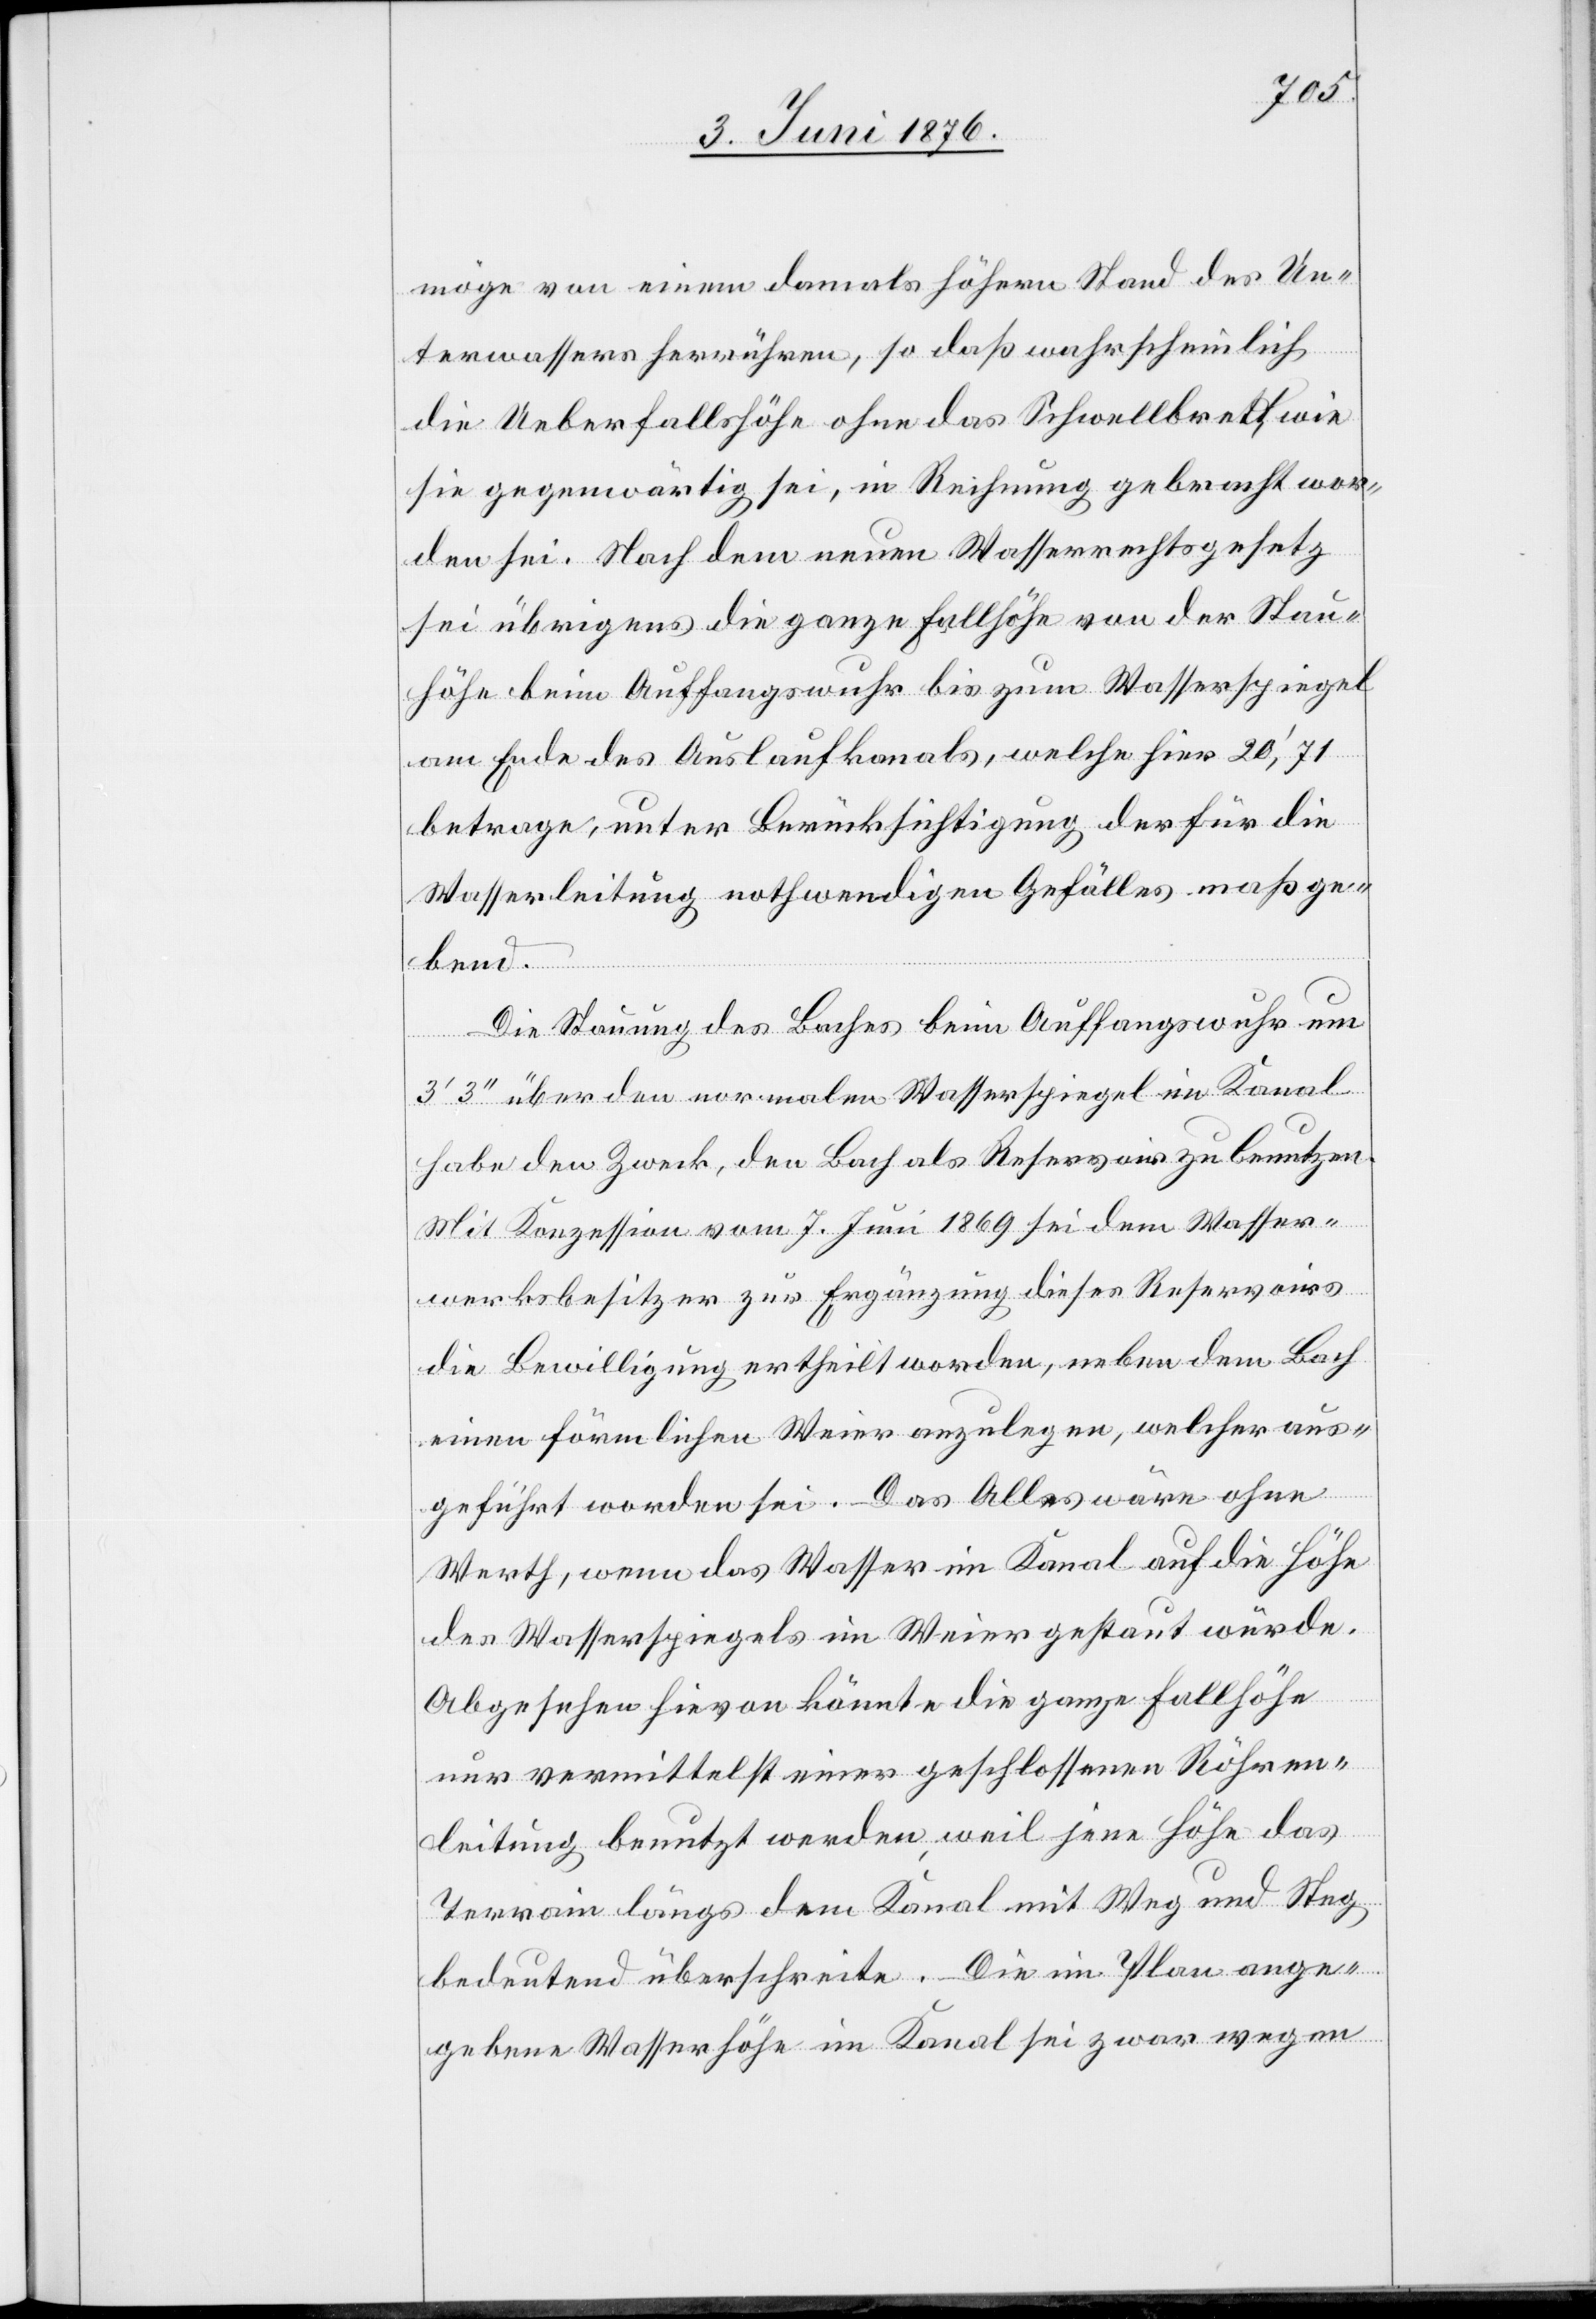
möge von einem damals höhern Stand des Un¬
terwassers herrühren, so daß wahrscheinlich
die Ueberfallshöhe ohne das Schwellbrett, wie
sie gegenwärtig sei, in Rechnung gebracht wor¬
den sei. Nach dem neuen Wasserrechtsgesetz
sei übrigens die ganze Fallhöhe von der Stau¬
höhe beim Auffangswuhr bis zum Wasserspiegel
am Ende des Auslaufkanals, welche hier 20‘,71
betrage, unter Berücksichtigung des für die
Wasserleitung nothwendigen Gefälles maßge¬
bend.
Die Stauung des Baches beim Auffangswuhr um
3‘ 3‘‘ über den normalen Wasserspiegel im Kanal
habe den Zweck, den Bach als Reservoir zu benutzen.
Mit Konzession vom 7. Juni 1869 sei dem Wasser¬
werksbesitzer zur Ergänzung dieses Reservoirs
die Bewilligung ertheilt worden, neben dem Bach
einen förmlichen Weier anzulegen, welcher aus¬
geführt worden sei. Das Alles wäre ohne
Werth, wenn das Wasser im Kanal auf die Höhe
des Wasserspiegels im Weier gestaut würde.
Abgesehen hievon könnte die ganze Fallhöhe
nur vermittelst einer geschlossenen Röhren¬
leitung benutzt werden, weil jene Höhe das
Terrain längs dem Kanal mit Weg und Steg
bedeutend überschreite. Die im Plan ange¬
gebene Wasserhöhe im Kanal sei zwar wegen